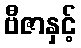
ဗီဇာနှင့်